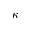
\kappa